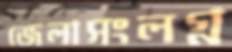
জেলাসংলগ্ন